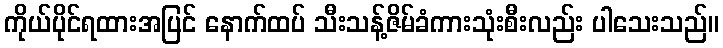
ကိုယ်ပိုင်ရထားအပြင် နောက်ထပ် သီးသန့်ဇိမ်ခံကားသုံးစီးလည်း ပါသေးသည်။